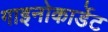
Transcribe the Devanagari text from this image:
गाइनोकार्डेट